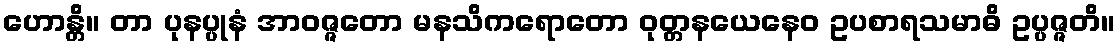
ဟောန္တိ။ တာ ပုနပ္ပုနံ အာဝဇ္ဇတော မနသိကရောတော ဝုတ္တနယေနေဝ ဥပစာရသမာဓိ ဥပ္ပဇ္ဇတိ။